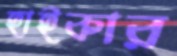
হাইকার